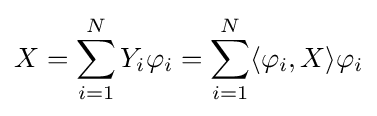
X=\sum _{i=1}^{N}Y_{i}\varphi _{i}=\sum _{i=1}^{N}\langle \varphi _{i},X\rangle \varphi _{i}